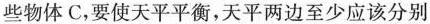
些物体C，要使天平平衡，天平两边至少应该分别